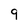
Character: 9